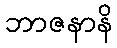
ဘာဇနာနိ